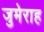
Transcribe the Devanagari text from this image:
जुमेराह